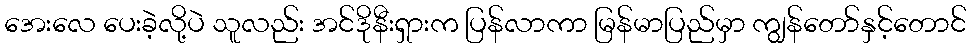
အေးလေ ပေးခဲ့လို့ပဲ သူလည်း အင်ဒိုနီးရှားက ပြန်လာကာ မြန်မာပြည်မှာ ကျွန်တော်နှင့်တောင်